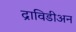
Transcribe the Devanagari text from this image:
द्राविडीअन